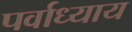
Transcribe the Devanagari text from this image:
पर्वाध्याय